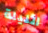
الليلة